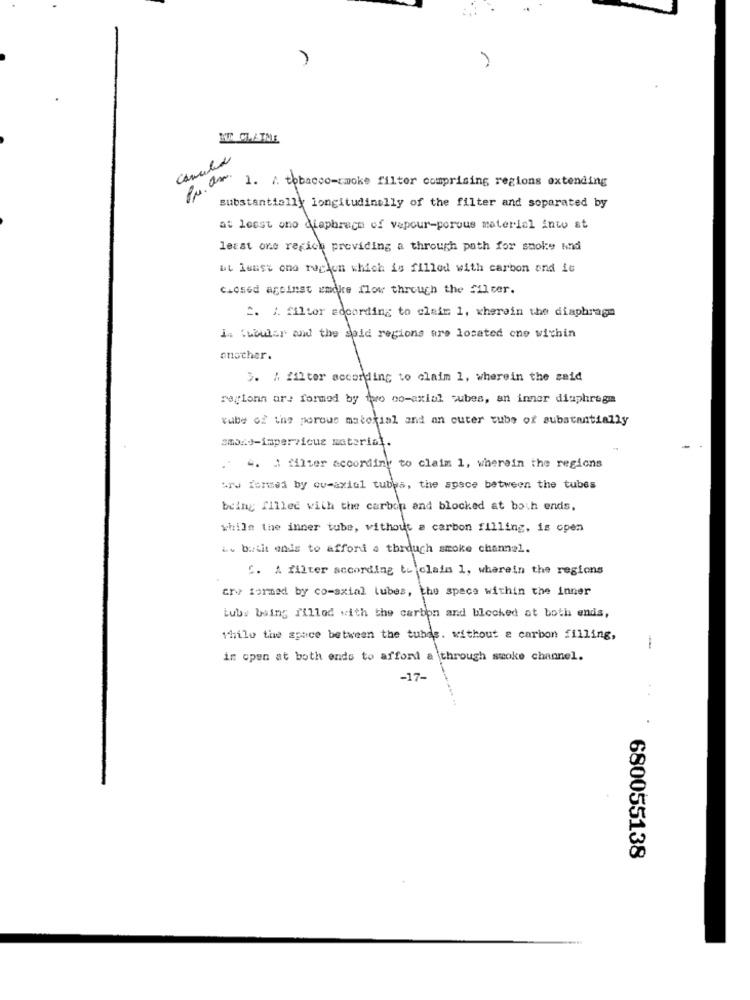
Pr. am.
1. A. tobacco-smoke filter comprising regions extending
substantially longitudinally of the filter and soparated by
at least one diaphragm of vapour-porous material into at
least one regich providing a through path for smoke And
ut loust ono reglen which is filled with carbon ond ic
c.osed ageinst smoke flow through the filter.
2. /. filter edcording to claim 1, wherein the diaphragm
i. tubular and the seid regions are located one within
another.
3. A filter according to claim 1, wherein the said
region are formed by two co-axial cubes, an inner diaphragm
vube of the porous material and an cuter tube of substantially
smoxd-impervious material.
. 4. I filter according to claim 1, wherein the regions
ary fenmed by cu-axial tubes, the space between the tubes
being filled with the carbon and blocked at both ends,
while the inner tube, without a carbon filling, is open
L. butit ends to afford a thrduch smoke channel.
[. A filter according to claim 1, wherein the regions
cry formed by co-axial tubes, the space within the inner
Luby being filled with the carbon and blocked at both ends,
while the space between the tubes. without a carbon filling,
1
in open at both ends to afford a through smoke channel.
-17-
..
: 680055138